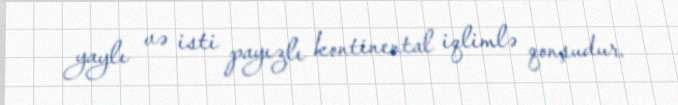
yaylı və isti payızlı kontinental iqlimlə qonşudur.